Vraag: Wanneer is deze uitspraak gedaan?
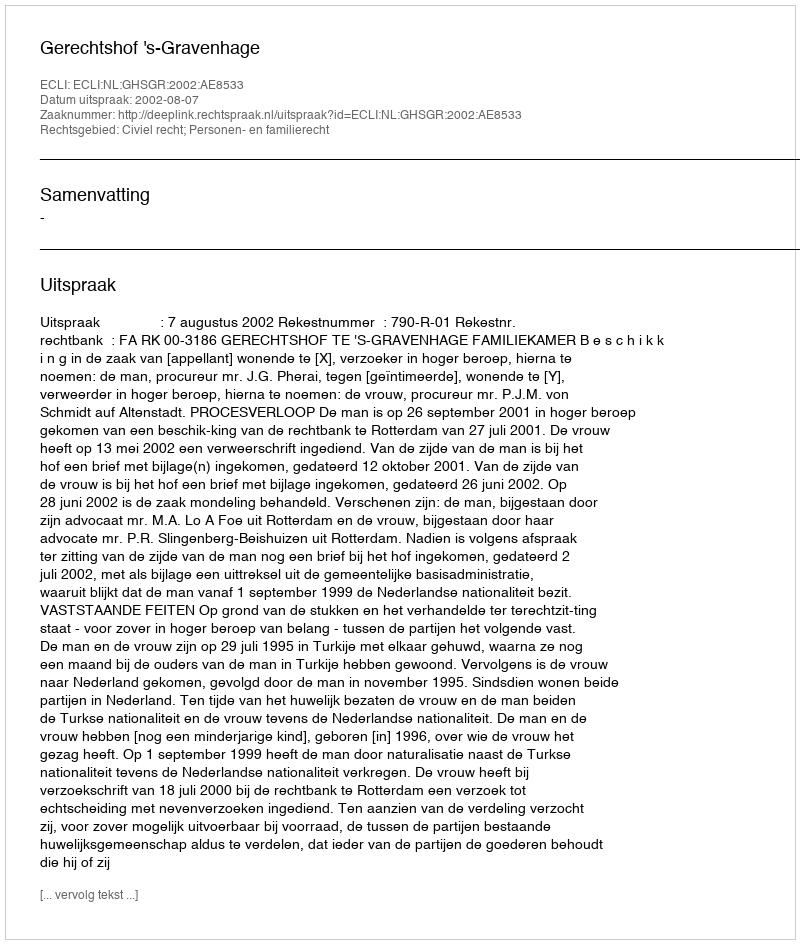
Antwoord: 2002-08-07